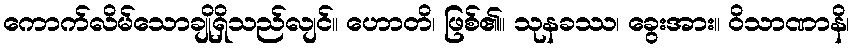
ကောက်လိမ်သောချိုရှိသည်လျင်။ ဟောတိ၊ ဖြစ်၏။ သုနခဿ၊ ခွေးအား။ ဝိသာဏာနိ၊